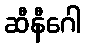
ဆီနီဂေါ